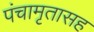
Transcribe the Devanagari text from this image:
पंचामृतासह